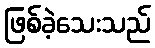
ဖြစ်ခဲ့သေးသည်